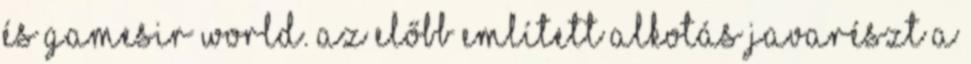
és GameSir World. Az előbb említett alkotás javarészt a